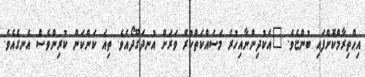
އިޙްތިރާމްކޮށްފައި ބުންޏެވެ. "އެކުދިންނާއިހުރެ މަސައްކަތްކުރަް ވަރަށް އުނދަގޫދޯއެވެ. ތިއަ ކަންކަން ކުރިންވެސް އެނގެއެވެ.